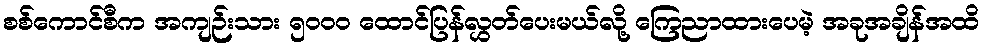
စစ်ကောင်စီက အကျဉ်းသား ၅၀၀၀ ထောင်ပြန်လွှတ်ပေးမယ်လို့ ကြေညာထားပေမဲ့ အခုအချိန်အထိ